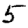
Digit: 5